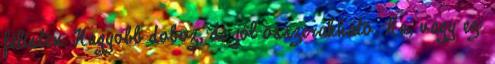
félisten. Nagyobb doboz, de jól összerakható. Na, vagy ez: